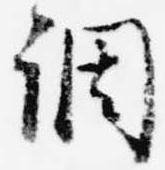
調